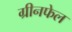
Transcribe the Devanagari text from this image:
ग्रीनफेल